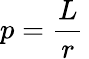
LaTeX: p={\frac{L}{r}}\,